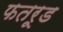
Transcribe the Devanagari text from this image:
फतरूड